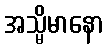
အသ္မိမာနော